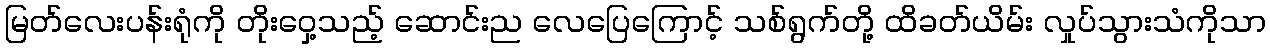
မြတ်လေးပန်းရုံကို တိုးဝှေ့သည့် ဆောင်းည လေပြေကြောင့် သစ်ရွက်တို့ ထိခတ်ယိမ်း လှုပ်သွားသံကိုသာ